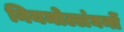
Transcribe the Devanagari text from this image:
नियमोल्लंघनों